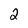
Character: 2